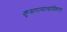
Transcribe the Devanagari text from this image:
कुमारामात्याधिकरण